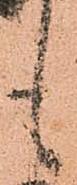
も